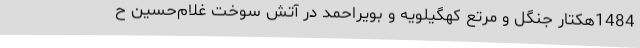
1484هکتار جنگل و مرتع کهگیلویه و بویراحمد در آتش سوخت غلام‌حسین ح